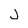
Character: j